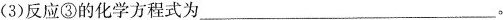
(3)反应③的化学方程式为___。